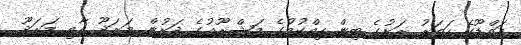
އައްޑޫގެ ހަތަރު ރަށުގެ ބިން ހިއްކުމުގެ މަޝްރޫއުގެ ދަށުން މަރަދޫ އާއި މަރަދޫ